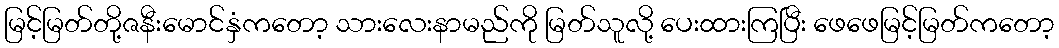
မြင့်မြတ်တို့ဇနီးမောင်နှံကတော့ သားလေးနာမည်ကို မြတ်သူလို့ ပေးထားကြပြီး ဖေဖေမြင့်မြတ်ကတော့